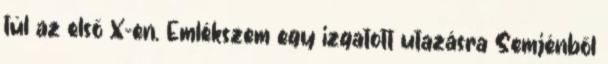
túl az első X-en. Emlékszem egy izgatott utazásra Semjénből